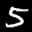
Label: 5